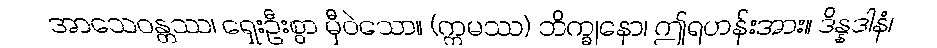
အာသေဝန္တဿ၊ ရှေးဦးစွာ မှီဝဲသော။ (ဣမဿ) ဘိက္ခုနော၊ ဤရဟန်းအား။ ဒိန္နဒါနံ၊